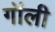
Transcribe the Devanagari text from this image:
गॉली